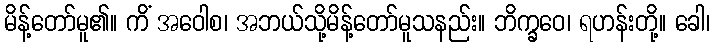
မိန့်တော်မူ၏။ ကိံ အဝေါစ၊ အဘယ်သို့မိန့်တော်မူသနည်း။ ဘိက္ခဝေ၊ ရဟန်းတို့။ ခေါ၊